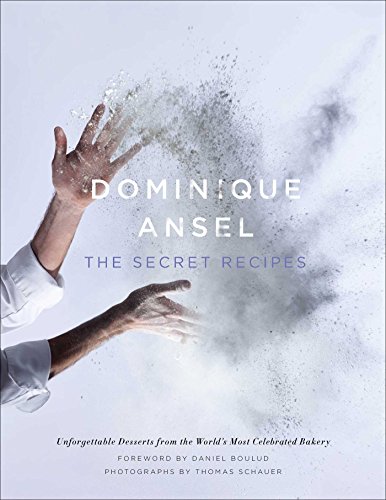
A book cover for Dominique Ansel: The Secret Recipes; Dominique Ansel; Cookbooks, Food & Wine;